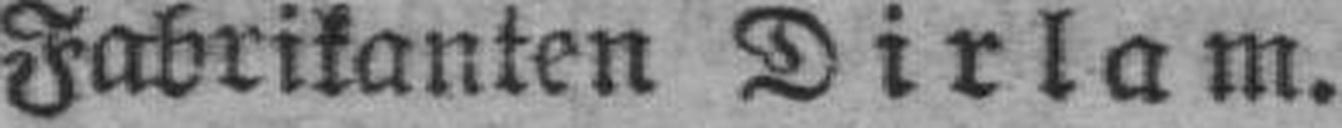
Fabrikanten Dirlam.